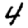
Digit: 4